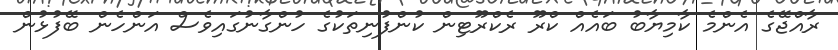
ރާއްޖޭގެ އެންމެ ކާމިޔާބު ބައެއް ކްރޫ ރެކްރޫޓިން ކުންފުނިތަކުގެ ހުންގާނުގައިވެސް އަންހެން ބޭފުޅުން